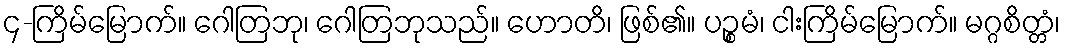
၄-ကြိမ်မြောက်။ ဂေါတြဘု၊ ဂေါတြဘုသည်။ ဟောတိ၊ ဖြစ်၏။ ပဉ္စမံ၊ ငါးကြိမ်မြောက်။ မဂ္ဂစိတ္တံ၊